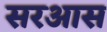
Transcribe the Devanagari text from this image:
सरआस